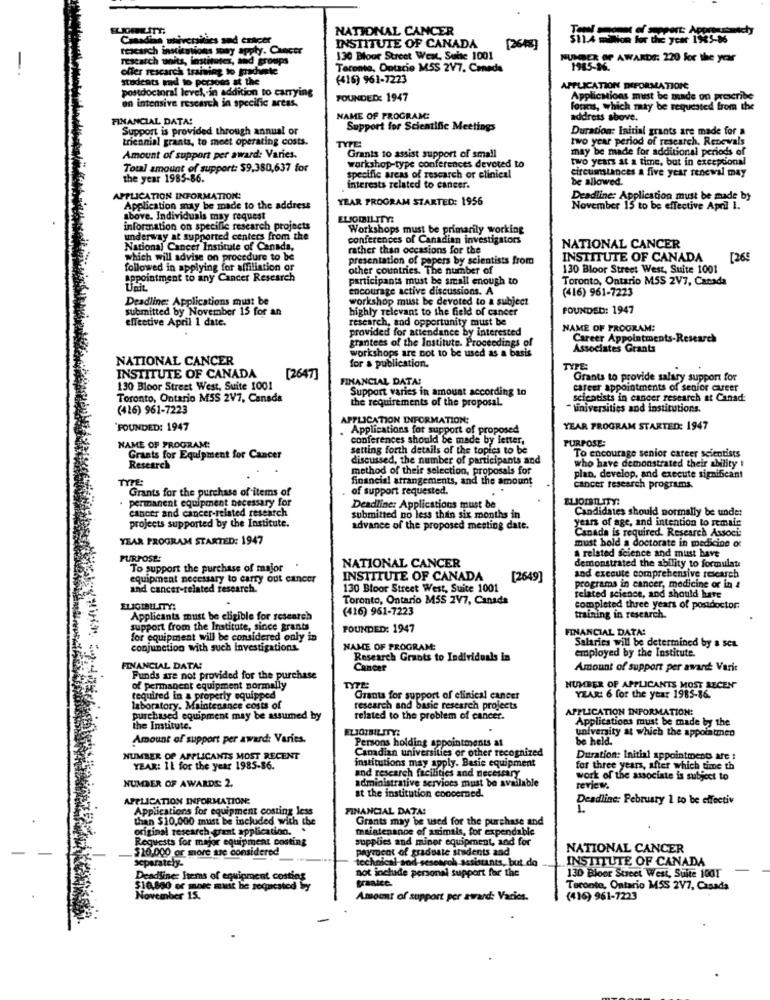
NATIONAL CANCER
Canadian universities and ericer
INSTITUTE OF CANADA
research institutions may apply. Cancer
[2648]
research whits, instituter, sed groups
130 Bloor Street West, Suite 1001
MURDER OF AWARDS: 220 for the year
offer rescarch trainje
ramiog to gradimte
Tarente, Ontario MSS 2V7. Canada
students end to portoes at the
(416) 961-7223
postdoctoral level, in addition to carrying
APPLICATION DEFORMATION
an intensive research in specific areas.
FOUNDED: 1947
Applications must be made on prescribe
foons, which may be requested from the
FINANCIAL DATA!
NAME OF PROGRAM:
address above.
Support is provided through annual or
Support for Scientific Meetings
Duration: Initial grants are made for a
triennial grants, to meet operating costs.
two year period of research, Renewals
Grants to assist support of small
may be made for additional periods of
Amount of support per award: Varies.
two years at a time, but in excepcional
Total amount of support: $9.380,637 for
workshop-type conferences devoted to
circumstances a five year renewal may
the year 1985-86.
specific areas of research or clinical
be allowed.
interests related to cancer.
APPLICATION INFORMATION:
YEAR PROGRAM STARTED: 1956
Deadline: Application must be made by
Application may be made to the address
November 15 to be effective April 1.
above. Individuais may request
information on specific research projects
Workshops must be primarily working
underway at supported centers from the
conferences of Canadian investigators
National Cancer Institute of Canada,
rather than occasions for the
NATIONAL CANCER
which will advise on procedure to be
presentation of papers by scientists from
INSTITUTE OF CANADA
[268
followed in applying for affiliation or
other countries. The number of
130 Bloor Street West, Suite 1001
ppointment to any Cancer Research
participants must be small enough to
Toronto, Ontario M5S 2V7, Canada
encourage active discussions. A
(416) 961-7223
Deadline: Applications must be
workshop must be devoted to a subject
submitted by November 15 for an
highly relevant to the field of cancer
FOUNDED: 1947
effective April 1 date.
research, and opportunity must be
provided for attendance by interested
NAME OF PROGRAM:
grantees of the Institute. Proceedings of
Career Appointments-Research
workshops are not to be used as a basis
Associates Grants
NATIONAL CANCER
INSTITUTE OF CANADA
for a publication.
TYPE
[2647]
FINANCIAL DATA!
Grants to provide salary support for
130 Bloor Street West, Suite 1001
Support varies in amount according to
career appointments of senior queer
Toronto, Ontario MSS 2V7, Canada
the requirements of the proposal.
scientists in cancer research at Canad:
(416) 961-7223
"universities and institutions.
APPLICATION INFORMATION:
"FOUNDED: 1947
Applications for support of proposed
YEAR PROGRAM STARTED: 1947
conferences should be made by letter,
PURPOSE:
NAME OF PROGRAM:
setting forth details of the topics to be
To encourage senior career scientists
Grants for Equipment for Cancer
discussed, the number of participants and
who have demonstrated their ability 1
Research
method of their selection, proposals for
TYPE:
financial arrangements, and the amount
plan, develop, and execute significant
Grants for the purchase of items of
of support requested.
cancer research programs.
permanent equipment necessary for
ELIOIBILITY:
cancer and cancer-related research
Deadline: Applications must be
Candidaes should normally be under
projects supported by the Institute.
submitted no less than six months in
years of age, and intention to remain
advance of the proposed mesting date.
Canada is required. Research Associ:
YEAR PROGRAM STARTED: 1947
must bold a doctorate in medicine ot
PURPOSE:
NATIONAL CANCER
a related science and must have
To support the purchase of major
demonstrated the ability to formulate
equipment necessary to carry out cancer
INSTITUTE OF CANADA
[2649]
and execute comprehensive research
and cancer-related research.
130 Bloor Street West, Suite 1001
programs in cancer, medicine or in &
Toronto, Ontario MSS 2V7, Canada
related science, and should have
ELIGIBILITY:
(416) 961-7223
completed three years of postdoctor.
Applicants must be eligible for research
training in research.
support from the Institute, since grants
FOUNDED: 1947
FINANCIAL DATA!
for equipment will be considered only in
conjunction with such investigations.
NAME OF PROGRAM:
Salaries will be determined by a sea.
employed by the Institute.
Research Grants to Individuals in
FINANCIAL DATA!
Cancer
Amount of support per award Varit
Funds are not provided for the purchase
of permanent equipment normally
TYPE
NUMBER OF APPLICANTS MOST RECEN"
required in a properly equipped
Grants for support of clinical caneet
YEAR: 6 for the year 1985-86.
laboratory. Maintenance costs of
research and basic research projects
APPLICATION INFORMATION:
purchased equipment may be assumed by
related to the problem of cancer.
Applications must be made by the
the Institute.
ELIGIBILITY:
Amount of support per award: Varies.
Persons holding appointments at
be held.
univerity at which the appointmed
Canadian universities or other recognized
NUMBER OF APPLICANTS MOST RECENT
institutions may apply. Basie equipment
Dutration: Initial appointments are :
YEAR: IL for the year 1985-86.
and research facilities and necessary
for three years, after which time th
NUMBER OF AWARDS: 2.
administrative services must be available
work of the associate is subject to
review.
APPLICATION INFORMATION:
at the institution concerned.
Deadline: February 1 to be effectiv
Applications for equipment costing less
FINANCIAL DATA:
than $10,000 must be included with the
Grants may be used for the purchase and
maintenance of animals, for expendable
Requests for major equipment costing
original research grant applicati
supplies and miner equipment, and for
$20,000 or more are considered
payrocnt of graduate shidents and
NATIONAL CANCER
Separately.
technical and-sesearch assistants, but do
INSTITUTE OF CANADA
not inchide personal support for the
Deadline: Htems of equipment costing
granice
130 Bloor Street West, Suite 1001
must be requested by
Toronto, Ontario M5S 2V7, Casada
November 15.
Amount of support per award: Varios.
(416) 961-7223